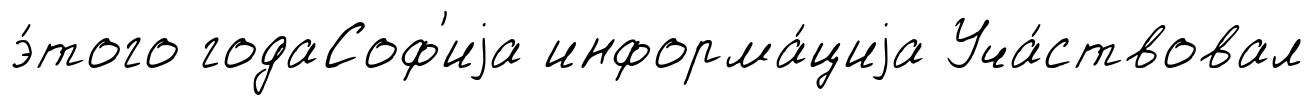
э́того годаСоф'иjа информа́циjа Уча́ствовал